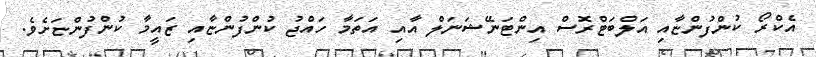
އެކްރޯ ކުންފުންޏާއި އަލްބަޓްރޮސް އިންޓަނޭޝަނަލް އާއި އަތަމާ ހައްޖު ކުންފުންޏާއި ޒައީމާ ކުންފުންޏަށެވެ.